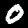
Digit: 0